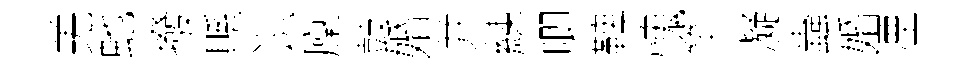
羌虵撥縣识廩鼓婚并練唧鞞愧竿凝蟲婚湮